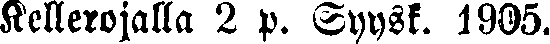
Kellerojalla 2 p. Syysk. 1905.